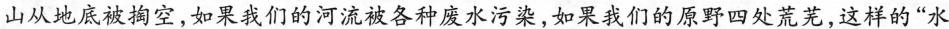
山从地底被掏空，如果我们的河流被各种废水污染，如果我们的原野四处荒芜，这样的“水